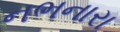
નભનારા